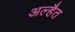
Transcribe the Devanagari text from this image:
अल्हैत